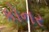
કોનર